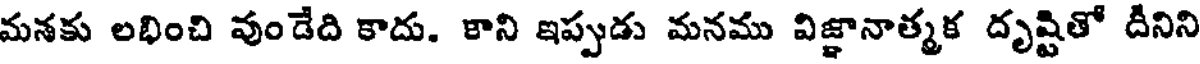
మనకు లభించి వుండేది కాదు. కాని ఇప్పుడు మనము విజ్ఞానాత్మక దృష్టితో దీనిని